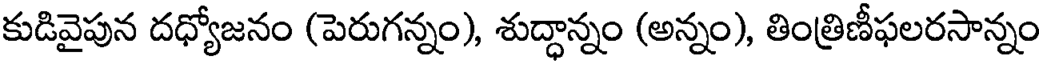
కుడివైపున దధ్యోజనం (పెరుగన్నం), శుద్ధాన్నం (అన్నం), తింత్రిణీఫలరసాన్నం